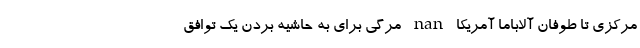
مرکزی تا طوفان آلاباما آمریکا nan مرگی برای به حاشیه بردن یک توافق